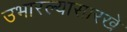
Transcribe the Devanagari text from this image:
उभारल्यासारखे